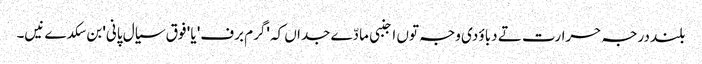
بلند درجہ حرارت تے دباؤ دی وجہ تو‏ں اجنبی مادّے جداں کہ 'گرم برف' یا ' فوق سیال پانی' بن سکدے نیں۔